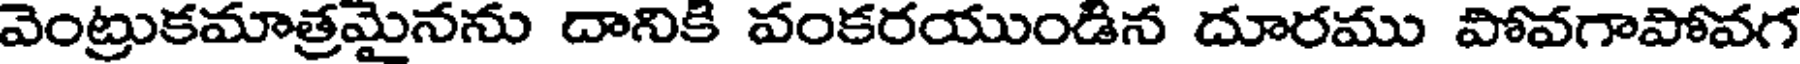
వెంట్రుకమాత్రమైనను దానికి వంకరయుండిన దూరము పోవగాపోవగ